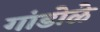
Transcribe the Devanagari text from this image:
गांडोळे